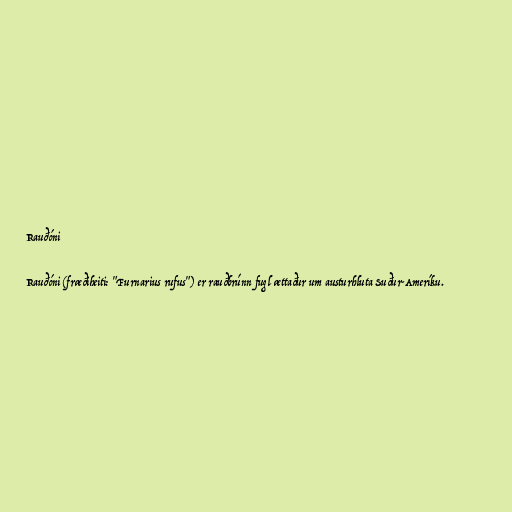
Rauðóni

Rauðóni (fræðiheiti: "Furnarius rufus") er rauðbrúnn fugl ættaður um austurhluta Suður-Ameríku.